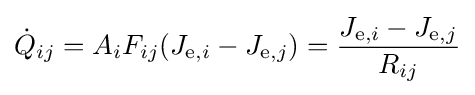
{\dot {Q}}_{ij}=A_{i}F_{ij}(J_{\mathrm {e} ,i}-J_{\mathrm {e} ,j})={\frac {J_{\mathrm {e} ,i}-J_{\mathrm {e} ,j}}{R_{ij}}}